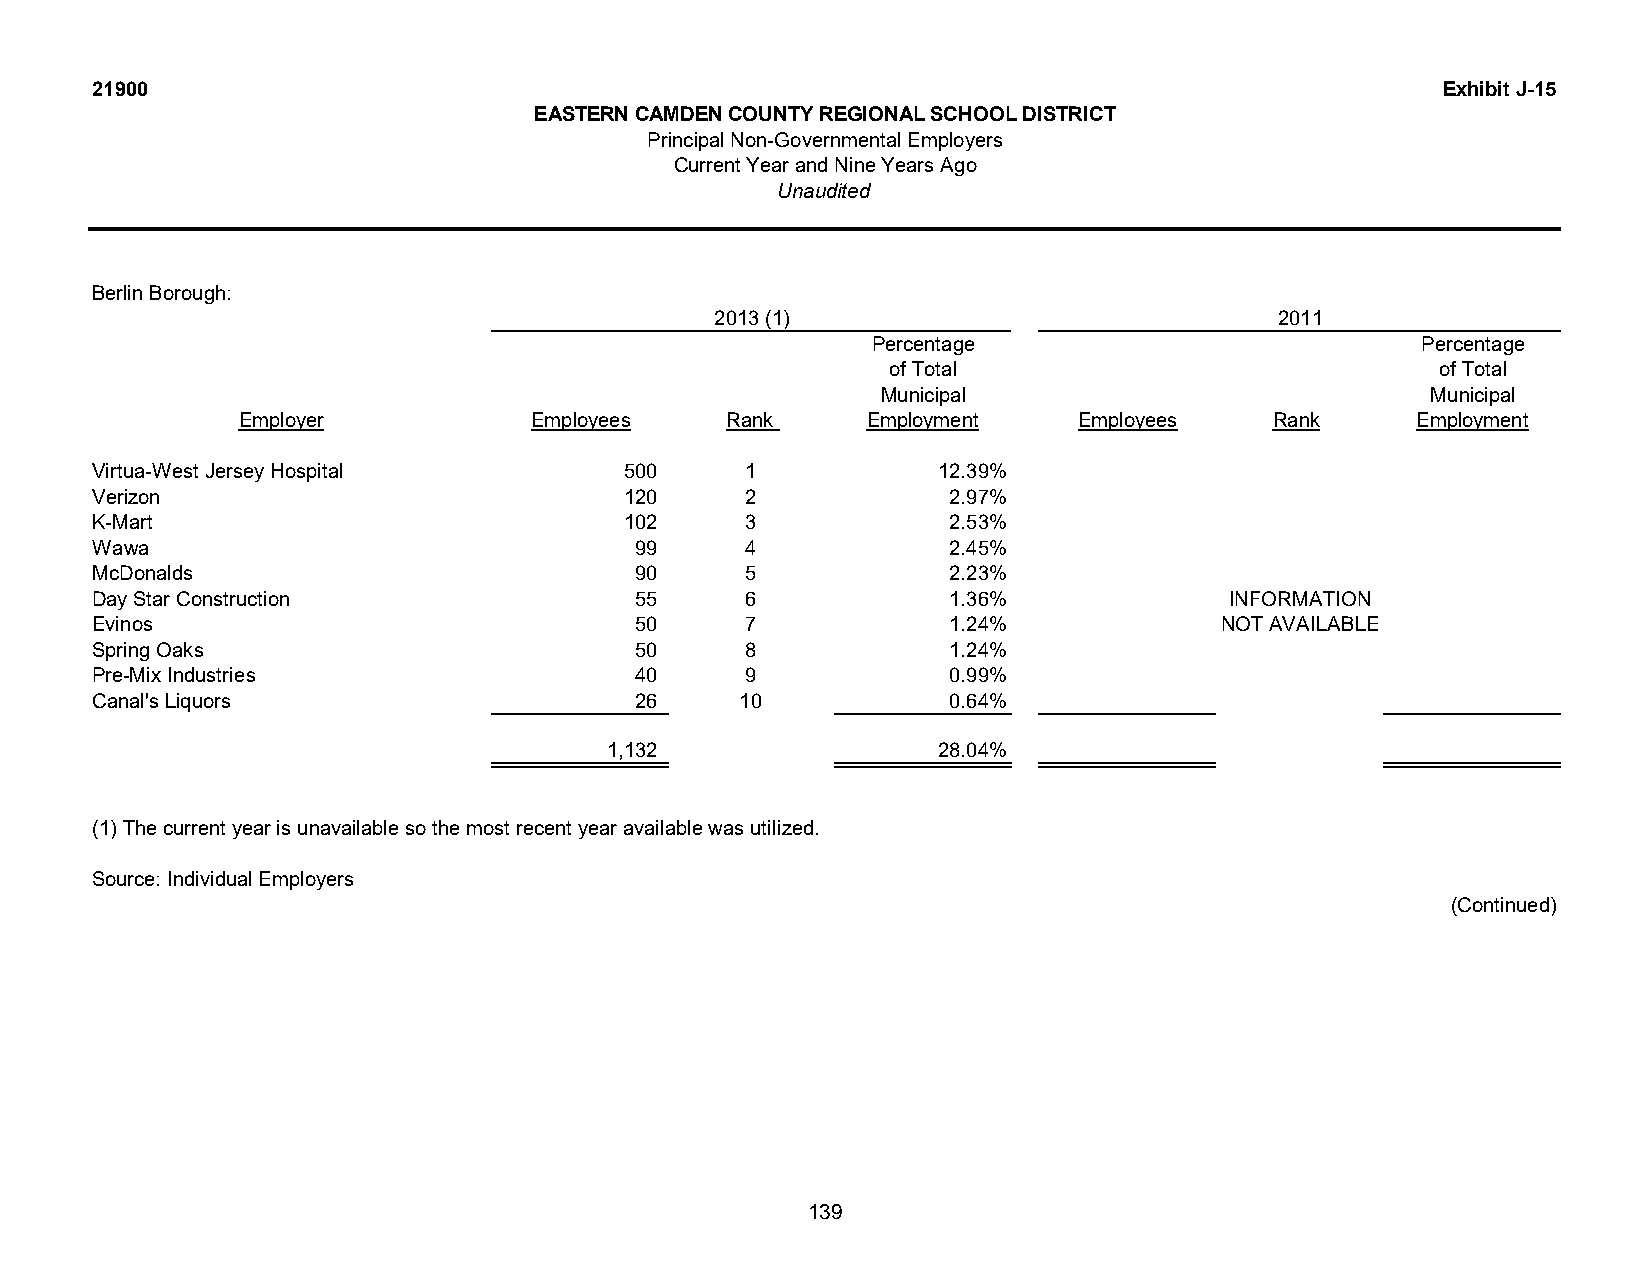
21900                                                                                    Exhibit J-15
 EASTERN CAMDEN COUNTY REGIONAL SCHOOL DISTRICT
 Principal Non-Governmental Employers
 Current Year and Nine Years Ago
 Unaudited
 Berlin Borough:
 2013 (1)                              2011
 Percentage                          Percentage
 of Total                            of Total
 Municipal                            Municipal
 Employer           Employees    Rank     Employment    Employees    Rank      Employment
 Virtua-West Jersey Hospital        500     1            12.39%
 Verizon                            120     2             2.97%
 K-Mart                             102     3             2.53%
 Wawa                                99     4             2.45%
 McDonalds                           90     5             2.23%
 Day Star Construction               55     6             1.36%             INFORMATION
 Evinos                              50     7             1.24%             NOT AVAILABLE
 Spring Oaks                         50     8             1.24%
 Pre-Mix Industries                  40     9             0.99%
 Canal's Liquors                     26     10            0.64%
 1,132                 28.04%
 (1) The current year is unavailable so the most recent year available was utilized.
 Source: Individual Employers
 (Continued)
 139